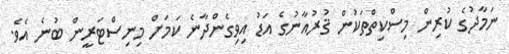
ނަމާދުގެ ކުރިން މިސްކިތްތަކުން ޤުރުއާނުގެ އަޑު އިވިގެންދާނެ ކަމަށް މިނިސްޓަރީން ބުނެ އެވެ.